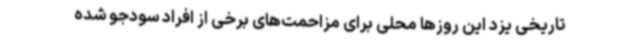
تاریخی یزد این روزها محلی برای مزاحمت‌های برخی از افراد سودجو شده